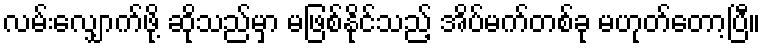
လမ်းလျှောက်ဖို့ ဆိုသည်မှာ မဖြစ်နိုင်သည့် အိပ်မက်တစ်ခု မဟုတ်တော့ပြီ။